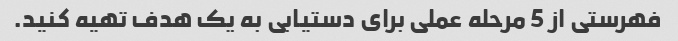
فهرستی از 5 مرحله عملی برای دستیابی به یک هدف تهیه کنید.